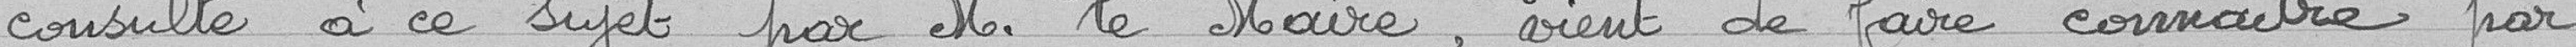
consulté à ce sujet par Monsieur le Maire, vient de faire connaître par